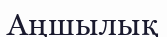
Аңшылық